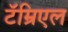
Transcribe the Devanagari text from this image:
टॅम्रिएल